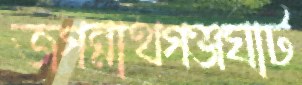
জগন্নাথগঞ্জঘাট